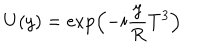
LaTeX: U ( y ) = \exp \left( - i \frac { y } { R } T ^ { 3 } \right)